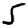
Digit: 5